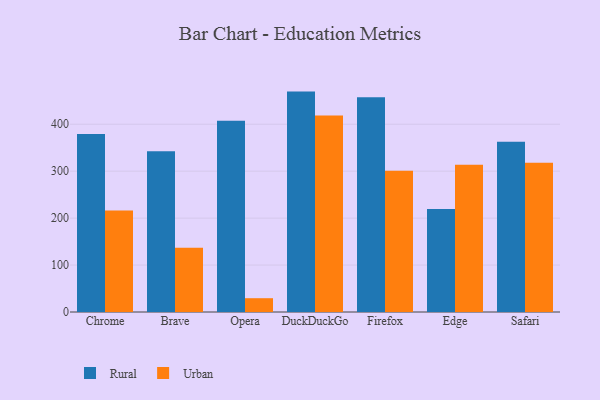
{"axis": {"x": "Browser", "y": "Latency (ms)"}, "legend": ["Rural", "Urban"], "data": [{"x": "Chrome", "y": 379.3, "type": "Rural"}, {"x": "Chrome", "y": 216.4, "type": "Urban"}, {"x": "Brave", "y": 342.6, "type": "Rural"}, {"x": "Brave", "y": 137.1, "type": "Urban"}, {"x": "Opera", "y": 407.3, "type": "Rural"}, {"x": "Opera", "y": 29.4, "type": "Urban"}, {"x": "DuckDuckGo", "y": 469.5, "type": "Rural"}, {"x": "DuckDuckGo", "y": 418.5, "type": "Urban"}, {"x": "Firefox", "y": 457.5, "type": "Rural"}, {"x": "Firefox", "y": 300.7, "type": "Urban"}, {"x": "Edge", "y": 219.5, "type": "Rural"}, {"x": "Edge", "y": 313.6, "type": "Urban"}, {"x": "Safari", "y": 362.8, "type": "Rural"}, {"x": "Safari", "y": 318.1, "type": "Urban"}]}